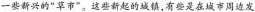
一些新兴的“草市”。这些新起的城镇，有些是在城市周边发